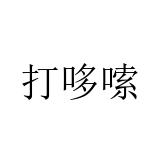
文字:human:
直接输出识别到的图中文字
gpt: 打哆嗦